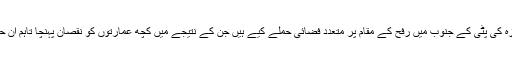
مرکز اطلاعات) اسرائیلی فوج نے فلسطین کے علاقے غزہ کی پٹی کے جنوب میں رفح کے مقام پر متعدد فضائی حملے کیے ہیں جن کے نتیجے میں کچھ عمارتوں کو نقصان پہنچا تاہم ان حملوں میں کسی قسم کے جانی نقصان کی اطلاع نہیں ملی۔